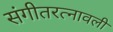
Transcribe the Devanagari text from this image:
संगीतरत्नावली